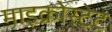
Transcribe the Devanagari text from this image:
माइक्रोस्टेट